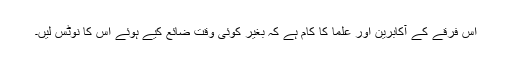
اس فرقے کے آکابرین اور علما کا کام ہے کہ بغیر کوئی وقت ضائع کیے ہوئے اس کا نوٹس لیں۔